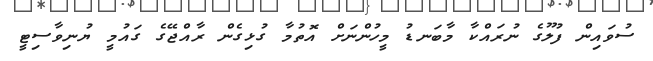
ސުވައިން ފުލޫގެ ނުރައްކާ މާބަނޑު މީހުންނަށް އޮތުމާ ގުޅިގެން ރާއްޖޭގެ ގައުމީ ޔުނިވާސިޓީ